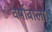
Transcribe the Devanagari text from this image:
वर्षावाला